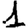
Digit: 1